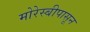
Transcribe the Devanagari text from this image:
मोरेस्बीपासून